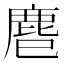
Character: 𪊍